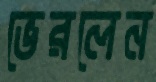
ভেরলেন